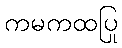
ကမကထပြု